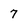
Character: 7